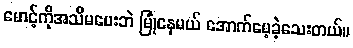
မောင့်ကိုအသိမပေးဘဲ မြုံနေမယ် အောက်မေ့ခဲ့သေးတယ်။